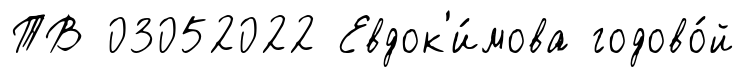
ТВ 03052022 Евдок'и́мова годово́й